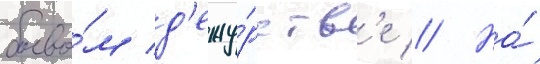
боево́м д'ежу́рств'е // На́